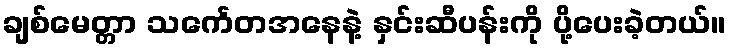
ချစ်မေတ္တာ သင်္ကေတအနေနဲ့ နှင်းဆီပန်းကို ပို့ပေးခဲ့တယ်။